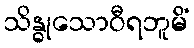
သိန္ဓုသောဝီရဘူမိံ